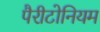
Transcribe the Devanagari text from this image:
पैरीटोनियम